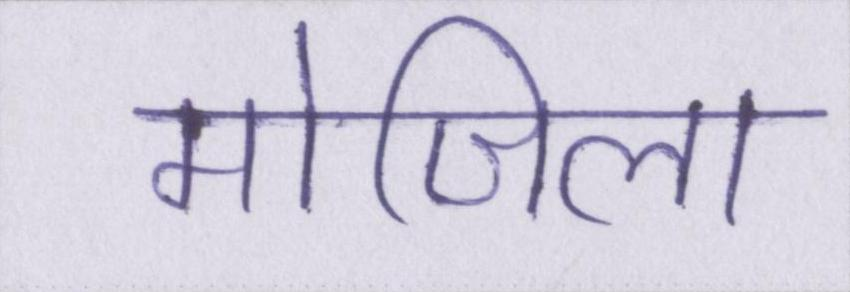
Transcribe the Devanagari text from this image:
मोजिला